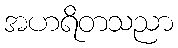
အဟရိတသညာ